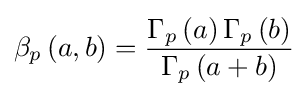
\beta _{p}\left(a,b\right)={\frac {\Gamma _{p}\left(a\right)\Gamma _{p}\left(b\right)}{\Gamma _{p}\left(a+b\right)}}